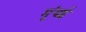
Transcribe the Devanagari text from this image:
मुंंबई